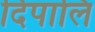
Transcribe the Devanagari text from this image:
दिपालि